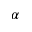
\alpha